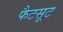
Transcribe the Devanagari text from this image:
फैटसूट